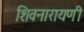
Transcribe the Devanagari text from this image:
शिवनारायणी